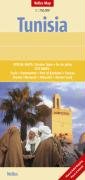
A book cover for Tunisia Map by Nelles (Nelles Maps); Nelles Verlag; Travel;